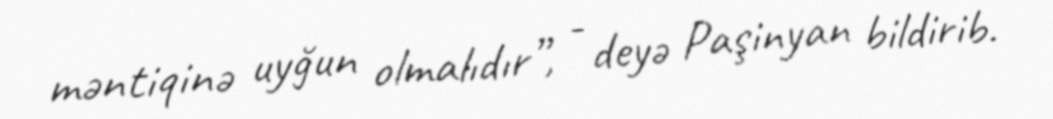
məntiqinə uyğun olmalıdır”, - deyə Paşinyan bildirib.